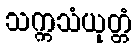
သက္ကသံယုတ္တံ